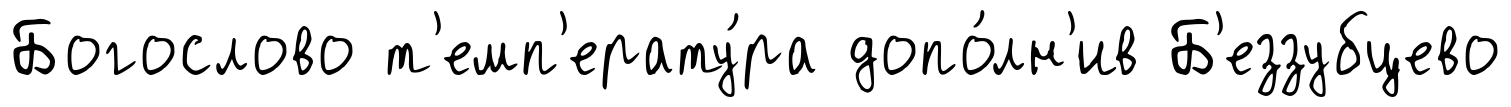
Богослово т'емп'ерату́ра допо́лн'ив Б'еззубцево